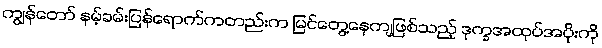
ကျွန်တော် နမ့်ခမ်းပြန်ရောက်ကတည်းက မြင်တွေ့နေကျဖြစ်သည့် ဒုက္ခအထုပ်အပိုးကို